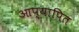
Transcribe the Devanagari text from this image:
आप्यापित